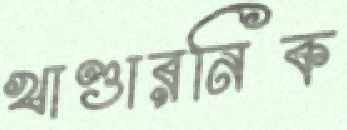
খাণ্ডারনিক